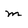
Character: m